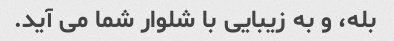
بله، و به زیبایی با شلوار شما می آید.